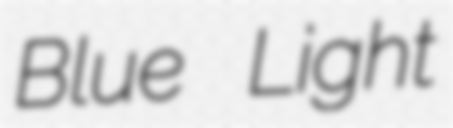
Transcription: Blue Light